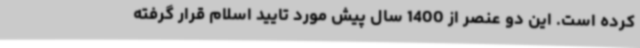
کرده است. این دو عنصر از 1400 سال پیش مورد تایید اسلام قرار گرفته